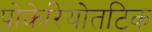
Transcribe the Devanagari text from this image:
प्रोकेरियोतटिक